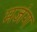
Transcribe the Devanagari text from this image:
मजंग